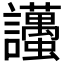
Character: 𧮚